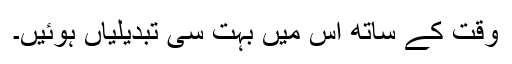
وقت کے ساتھ اس میں بہت سی تبدیلیاں ہوئیں۔